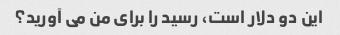
این دو دلار است، رسید را برای من می آورید؟